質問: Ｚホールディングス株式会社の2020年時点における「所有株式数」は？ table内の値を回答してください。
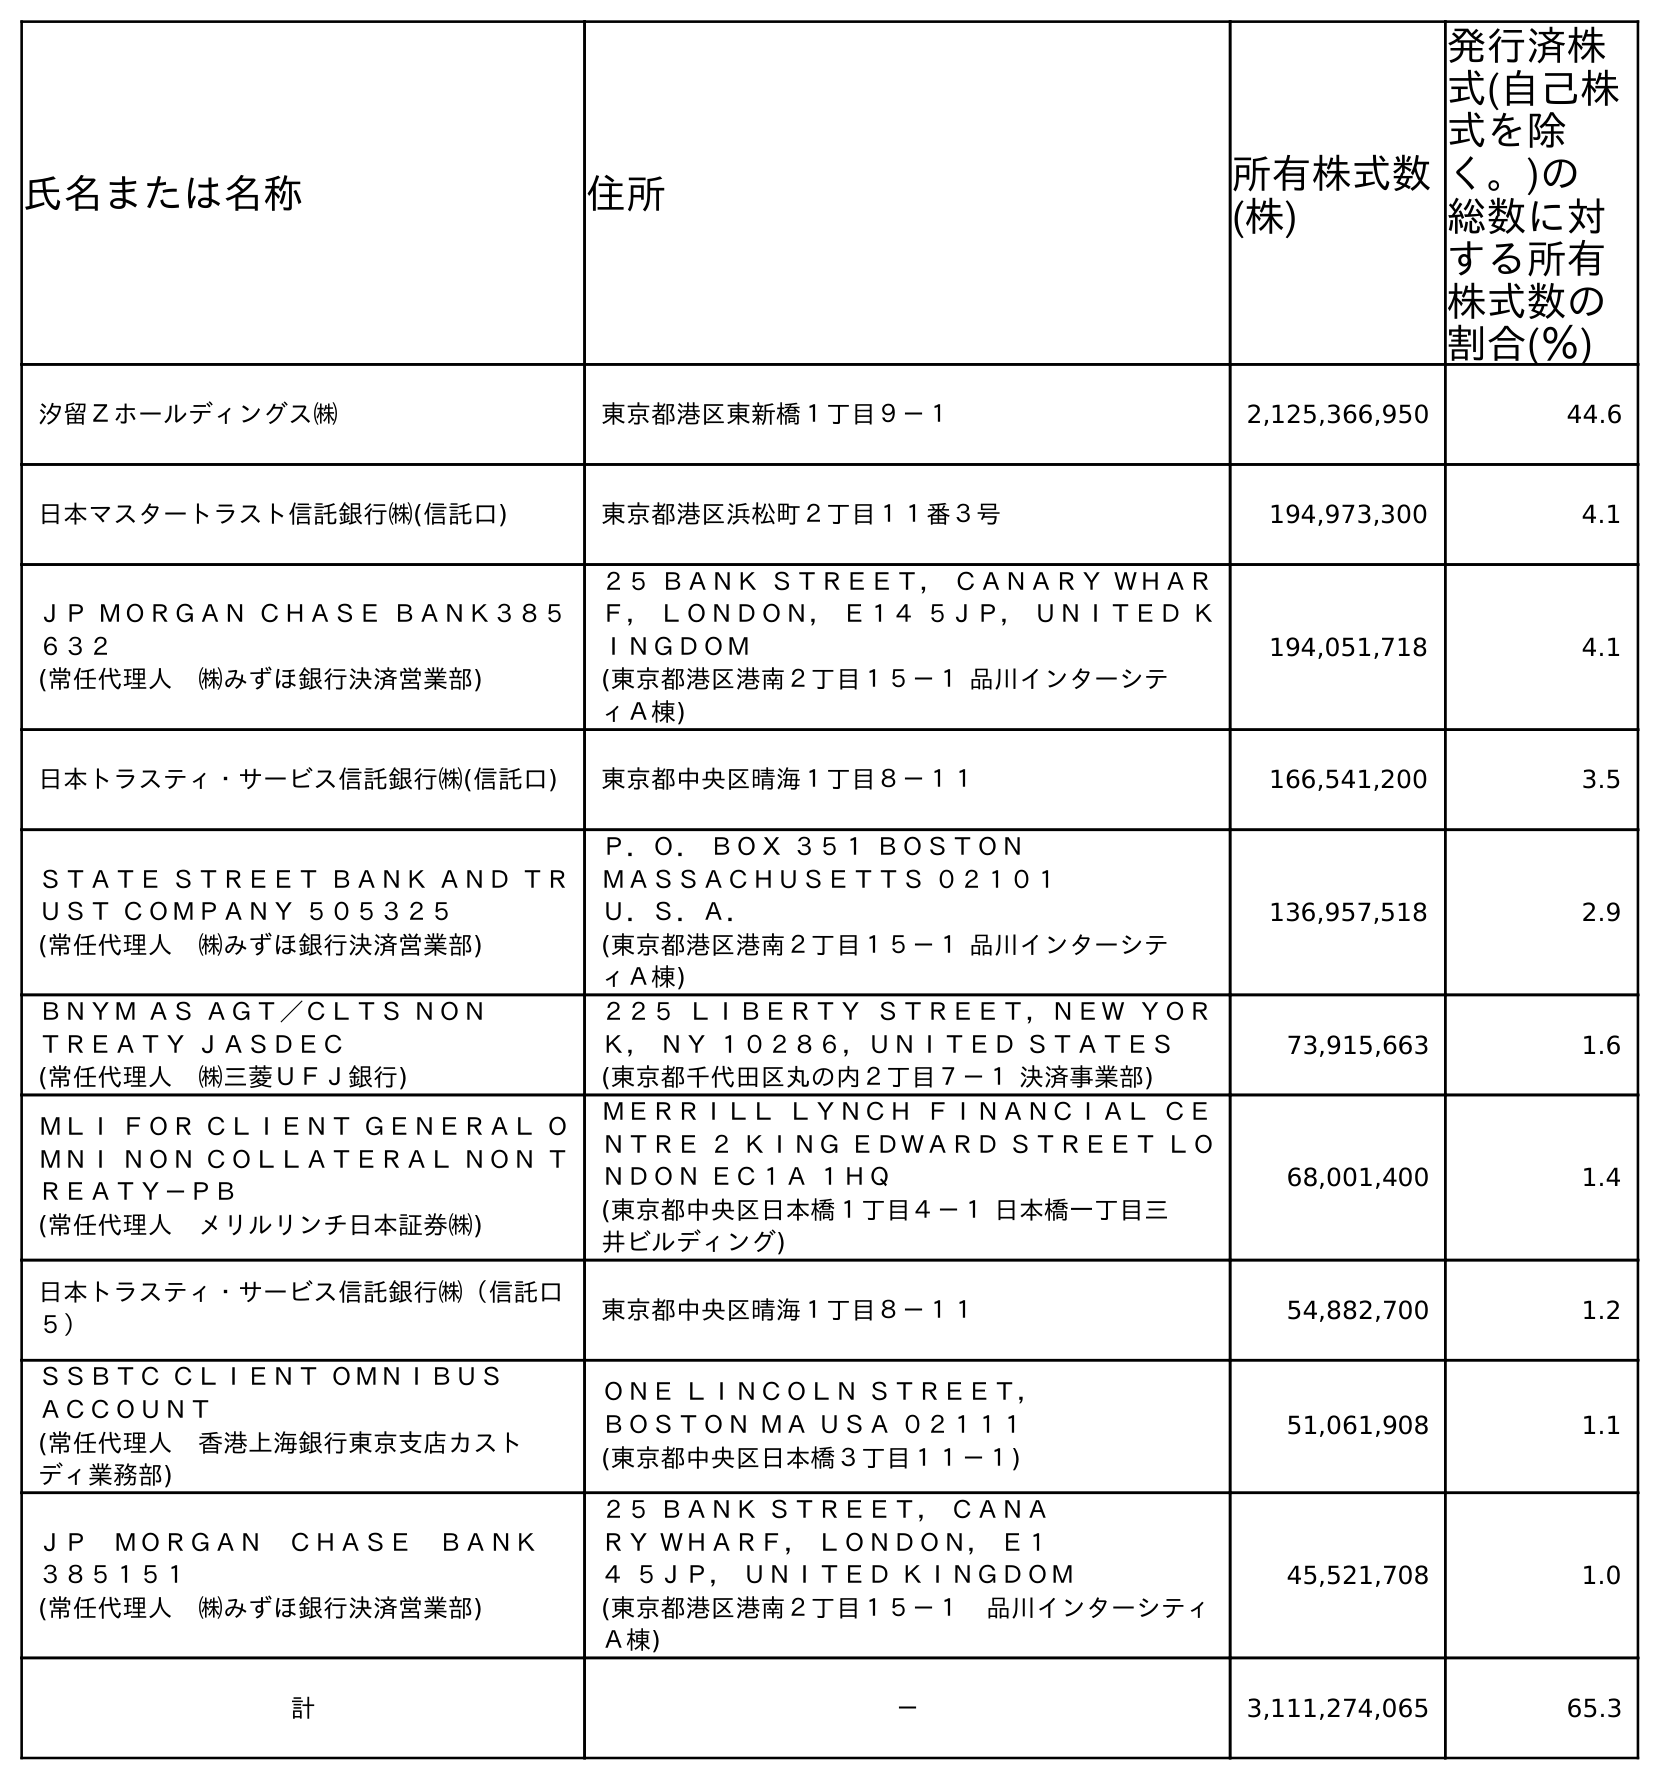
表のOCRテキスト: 氏名または名称 住所 所有株式数 (株) 発行済株 式(自己株 式を除 く。)の 総数に対 する所有 株式数の 割合(％) 汐留Ｚホールディングス㈱ 東京都港区東新橋１丁目９－１ 2,125,366,950 44.6 日本マスタートラスト信託銀行㈱(信託口) 東京都港区浜松町２丁目１１番３号 194,973,300 4.1 ＪＰ ＭＯＲＧＡＮ ＣＨＡＳＥ ＢＡＮＫ３８５ ６３２ (常任代理人 ㈱みずほ銀行決済営業部) ２５ ＢＡＮＫ ＳＴＲＥＥＴ， ＣＡＮＡＲＹ ＷＨＡＲ Ｆ， ＬＯＮＤＯＮ， Ｅ１４ ５ＪＰ， ＵＮＩＴＥＤ Ｋ ＩＮＧＤＯＭ (東京都港区港南２丁目１５－１ 品川インターシテ ィＡ棟) 194,051,718 4.1 日本トラスティ・サービス信託銀行㈱(信託口) 東京都中央区晴海１丁目８－１１ 166,541,200 3.5 ＳＴＡＴＥ ＳＴＲＥＥＴ ＢＡＮＫ ＡＮＤ ＴＲ ＵＳＴ ＣＯＭＰＡＮＹ ５０５３２５ (常任代理人 ㈱みずほ銀行決済営業部) Ｐ．Ｏ． ＢＯＸ ３５１ ＢＯＳＴＯＮ ＭＡＳＳＡＣＨＵＳＥＴＴＳ ０２１０１ Ｕ．Ｓ．Ａ． (東京都港区港南２丁目１５－１ 品川インターシテ ィＡ棟) 136,957,518 2.9 ＢＮＹＭ ＡＳ ＡＧＴ／ＣＬＴＳ ＮＯＮ ＴＲＥＡＴＹ ＪＡＳＤＥＣ (常任代理人 ㈱三菱ＵＦＪ銀行) ２２５ ＬＩＢＥＲＴＹ ＳＴＲＥＥＴ，ＮＥＷ ＹＯＲ Ｋ， ＮＹ １０２８６，ＵＮＩＴＥＤ ＳＴＡＴＥＳ (東京都千代田区丸の内２丁目７－１ 決済事業部) 73,915,663 1.6 ＭＬＩ ＦＯＲ ＣＬＩＥＮＴ ＧＥＮＥＲＡＬ Ｏ ＭＮＩ ＮＯＮ ＣＯＬＬＡＴＥＲＡＬ ＮＯＮ Ｔ ＲＥＡＴＹ－ＰＢ (常任代理人 メリルリンチ日本証券㈱) ＭＥＲＲＩＬＬ ＬＹＮＣＨ ＦＩＮＡＮＣＩＡＬ ＣＥ ＮＴＲＥ ２ ＫＩＮＧ ＥＤＷＡＲＤ ＳＴＲＥＥＴ ＬＯ ＮＤＯＮ ＥＣ１Ａ １ＨＱ (東京都中央区日本橋１丁目４－１ 日本橋一丁目三 井ビルディング) 68,001,400 1.4 日本トラスティ・サービス信託銀行㈱（信託口 ５） 東京都中央区晴海１丁目８－１１ 54,882,700 1.2 ＳＳＢＴＣ ＣＬＩＥＮＴ ＯＭＮＩＢＵＳ ＡＣＣＯＵＮＴ (常任代理人 香港上海銀行東京支店カスト ディ業務部) ＯＮＥ ＬＩＮＣＯＬＮ ＳＴＲＥＥＴ， ＢＯＳＴＯＮ ＭＡ ＵＳＡ ０２１１１ (東京都中央区日本橋３丁目１１－１) 51,061,908 1.1 ＪＰ ＭＯＲＧＡＮ ＣＨＡＳＥ ＢＡＮＫ  ３８５１５１ (常任代理人 ㈱みずほ銀行決済営業部) ２５ ＢＡＮＫ ＳＴＲＥＥＴ， ＣＡＮＡ ＲＹ ＷＨＡＲＦ， ＬＯＮＤＯＮ， Ｅ１ ４ ５ＪＰ， ＵＮＩＴＥＤ ＫＩＮＧＤＯＭ (東京都港区港南２丁目１５－１ 品川インターシティ Ａ棟) 45,521,708 1.0 計 － 3,111,274,065 65.3
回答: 3,111,274,065